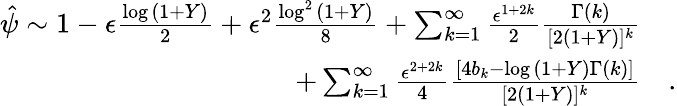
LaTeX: \begin{array}{rl}{\hat{\psi}\sim 1-\epsilon\frac{\log{(1+Y)}}{2}+\epsilon^{2}\frac{\log^{2}{(1+Y)}}{8}+\sum_{k=1}^{\infty}\frac{\epsilon^{1+2k}}{2}\frac{\Gamma(k)}{[2(1+Y)]^{k}}}&{}\\ {+\sum_{k=1}^{\infty}\frac{\epsilon^{2+2k}}{4}\frac{[4b_{k}-\log{(1+Y)}\Gamma(k)]}{[2(1+Y)]^{k}}}&{.}\end{array}